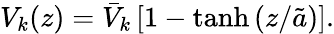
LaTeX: V_{k}(z)=\bar{V}_{k}\left[1-\operatorname{tanh}\left(z/\tilde{a}\right)\right].